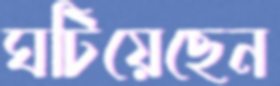
ঘটিয়েছেন